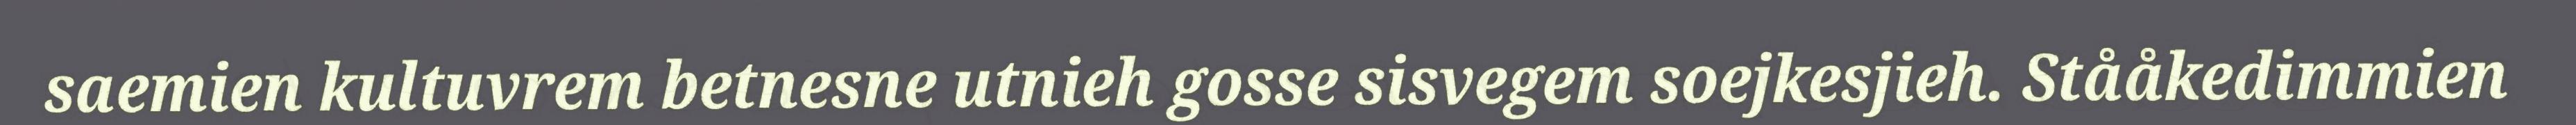
saemien kultuvrem betnesne utnieh gosse sisvegem soejkesjieh. Stååkedimmien